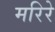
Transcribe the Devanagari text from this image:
मरिरे